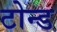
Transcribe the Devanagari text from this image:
टोन्ड